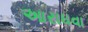
આરાધવા